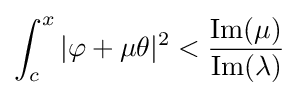
\int _{c}^{x}|\varphi +\mu \theta |^{2}<{\operatorname {Im} (\mu ) \over \operatorname {Im} (\lambda )}